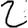
Digit: 2